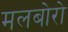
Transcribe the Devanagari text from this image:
मलबोरो